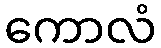
ကောလံ